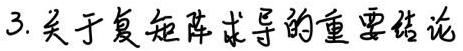
3. 关于复矩阵求导的重要结论